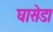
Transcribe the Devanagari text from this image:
घासेडा